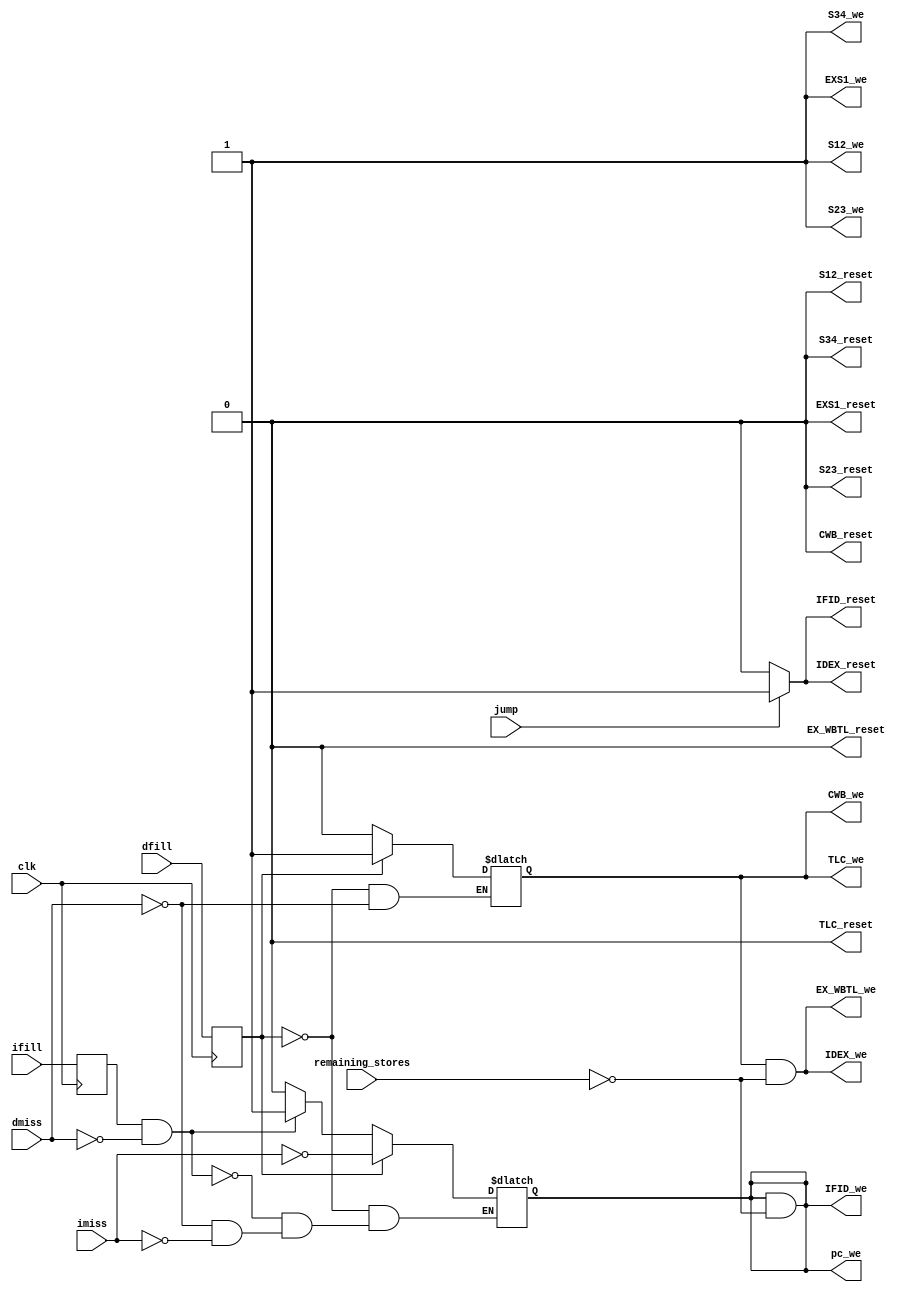
module exceptions(
	input clk,
	input dmiss,
	input imiss,
	input dfill,
	input ifill,
	input jump,
	input remaining_stores,

	output IFID_we,
	output IDEX_we,
	output EX_WBTL_we,
	output TLC_we,
	output CWB_we,
	output EXS1_we,
	output S12_we,
	output S23_we,
	output S34_we,

	output IFID_reset,
	output IDEX_reset,
	output EX_WBTL_reset,
	output TLC_reset,
	output CWB_reset,
	output EXS1_reset,
	output S12_reset,
	output S23_reset,
	output S34_reset,
	output pc_we
);

reg pc_write, IFID_write, IDEX_write, EX_WBTL_write, TLC_write, CWB_write, EXS1_write, S12_write, S23_write, S34_write, IFID_res, IDEX_res, EX_WBTL_res, TLC_res, CWB_res, EXS1_res, S12_res, S23_res, S34_res;

assign pc_we = pc_write & !remaining_stores;
assign IFID_we = IFID_write & !remaining_stores;
assign IDEX_we = IDEX_write & !remaining_stores;
assign EX_WBTL_we = EX_WBTL_write & !remaining_stores;
assign TLC_we = TLC_write;
assign CWB_we = CWB_write;
assign EXS1_we = EXS1_write;
assign S12_we = S12_write;
assign S23_we = S23_write;
assign S34_we = S34_write;

assign IFID_reset = IFID_res;
assign IDEX_reset = IDEX_res;
assign EX_WBTL_reset = EX_WBTL_res;
assign TLC_reset = TLC_res;
assign CWB_reset = CWB_res;
assign EXS1_reset = EXS1_res;
assign S12_reset = S12_res;
assign S23_reset = S23_res;
assign S34_reset = S34_res;

assign pc_we = pc_write;
reg ifill_tmp, dfill_tmp;

always@(posedge clk) begin
	ifill_tmp <= ifill;
	dfill_tmp <= dfill;
end


always @(dmiss, imiss, dfill_tmp, ifill_tmp, jump)
begin
	if(imiss) begin
		IFID_write <= 0;
		pc_write <= 0;
	end
	if(dmiss) begin
		IFID_write <= 0;
		IDEX_write <= 0;
		EX_WBTL_write <= 0;
		TLC_write <= 0;
		CWB_write <= 0;
		pc_write <= 0;
	end
	if(ifill_tmp && !dmiss) begin
		IFID_write <= 1;
		pc_write <= 1;
	end
	if(dfill_tmp) begin
		IFID_write <= !imiss;
		IDEX_write <= 1;
		EX_WBTL_write <= 1;
		TLC_write <= 1;
		CWB_write <= 1;
		pc_write <= !imiss;
	end
	if(jump) begin
		IFID_res <= 1;
		IDEX_res <= 1;
	end
	else begin
		IFID_res <= 0;
		IDEX_res <= 0;
	end
end

initial begin
	IFID_write <= 1; 
	IDEX_write <= 1; 
	EX_WBTL_write <= 1; 
	TLC_write <= 1; 
	CWB_write <= 1;
	EXS1_write <= 1; 
	S12_write <= 1; 
	S23_write <= 1; 
	S34_write <= 1; 
	IFID_res <= 0; 
	IDEX_res <= 0; 
	EX_WBTL_res <= 0; 
	TLC_res <= 0; 
	CWB_res <= 0; 
	EXS1_res <= 0; 
	S12_res <= 0; 
	S23_res <= 0; 
	S34_res <= 0;
	pc_write <= 1;
end

endmodule

module exception_regs(
	input clk,
	input iF,
	input iD,
	input iEX,
	input iTL, 
	input iC,
	input iWB,
	input iS1,
	input iS2,
	input iS3,
	input iS4,
	input iS5,
	output oF,
	output oD,
	output oEX,
	output oTL,
	output oC,
	output oWB,
	output oS1,
	output oS2,
	output oS3,
	output oS4,
	output oS5
);

reg F, D, EX, TL, C, WB, S1, S2, S3, S4, S5;

assign oF = F;
assign oD = D;
assign oEX = EX;
assign oTL = TL;
assign oWB = WB;
assign oS1 = S1;
assign oS2 = S2;
assign oS3 = S3;
assign oS4 = S4;
assign oS5 = S5;

always @(posedge clk)
begin
	F <= iF;
	D <= F | iD;
	EX <= D | iEX;
	
	TL <= EX | iTL;
	C <= TL | iC;
	WB <= C | iWB;

	S1 <= EX | iS1;
	S2 <= S1 | iS2;
	S3 <= S2 | iS3;
	S4 <= S3 | iS4;
	S5 <= S4 | iS5;
end

endmodule